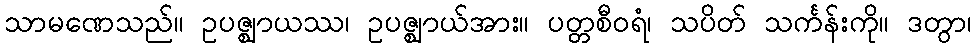
သာမဏေသည်။ ဥပဇ္ဈာယဿ၊ ဥပဇ္ဈာယ်အား။ ပတ္တစီဝရံ၊ သပိတ် သင်္ကန်းကို။ ဒတွာ၊